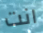
انت